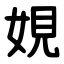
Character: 娊